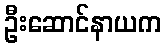
ဦးဆောင်နာယက